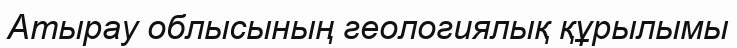
Атырау облысының геологиялық құрылымы